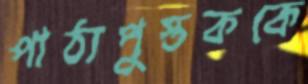
পাঠ্যপুস্তককে